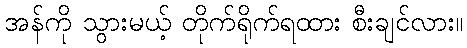
အန်ကို သွားမယ့် တိုက်ရိုက်ရထား စီးချင်လား။